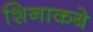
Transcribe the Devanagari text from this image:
शिनाकबे